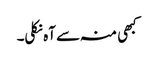
کبھی منہ سے آہ نکلی۔